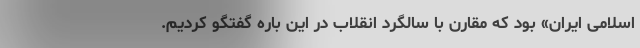
اسلامی ایران» بود که مقارن با سالگرد انقلاب در این باره گفتگو کردیم.